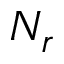
N _ { r }